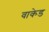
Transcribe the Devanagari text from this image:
वाकेड